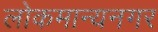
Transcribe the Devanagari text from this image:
लोकमान्यनगर